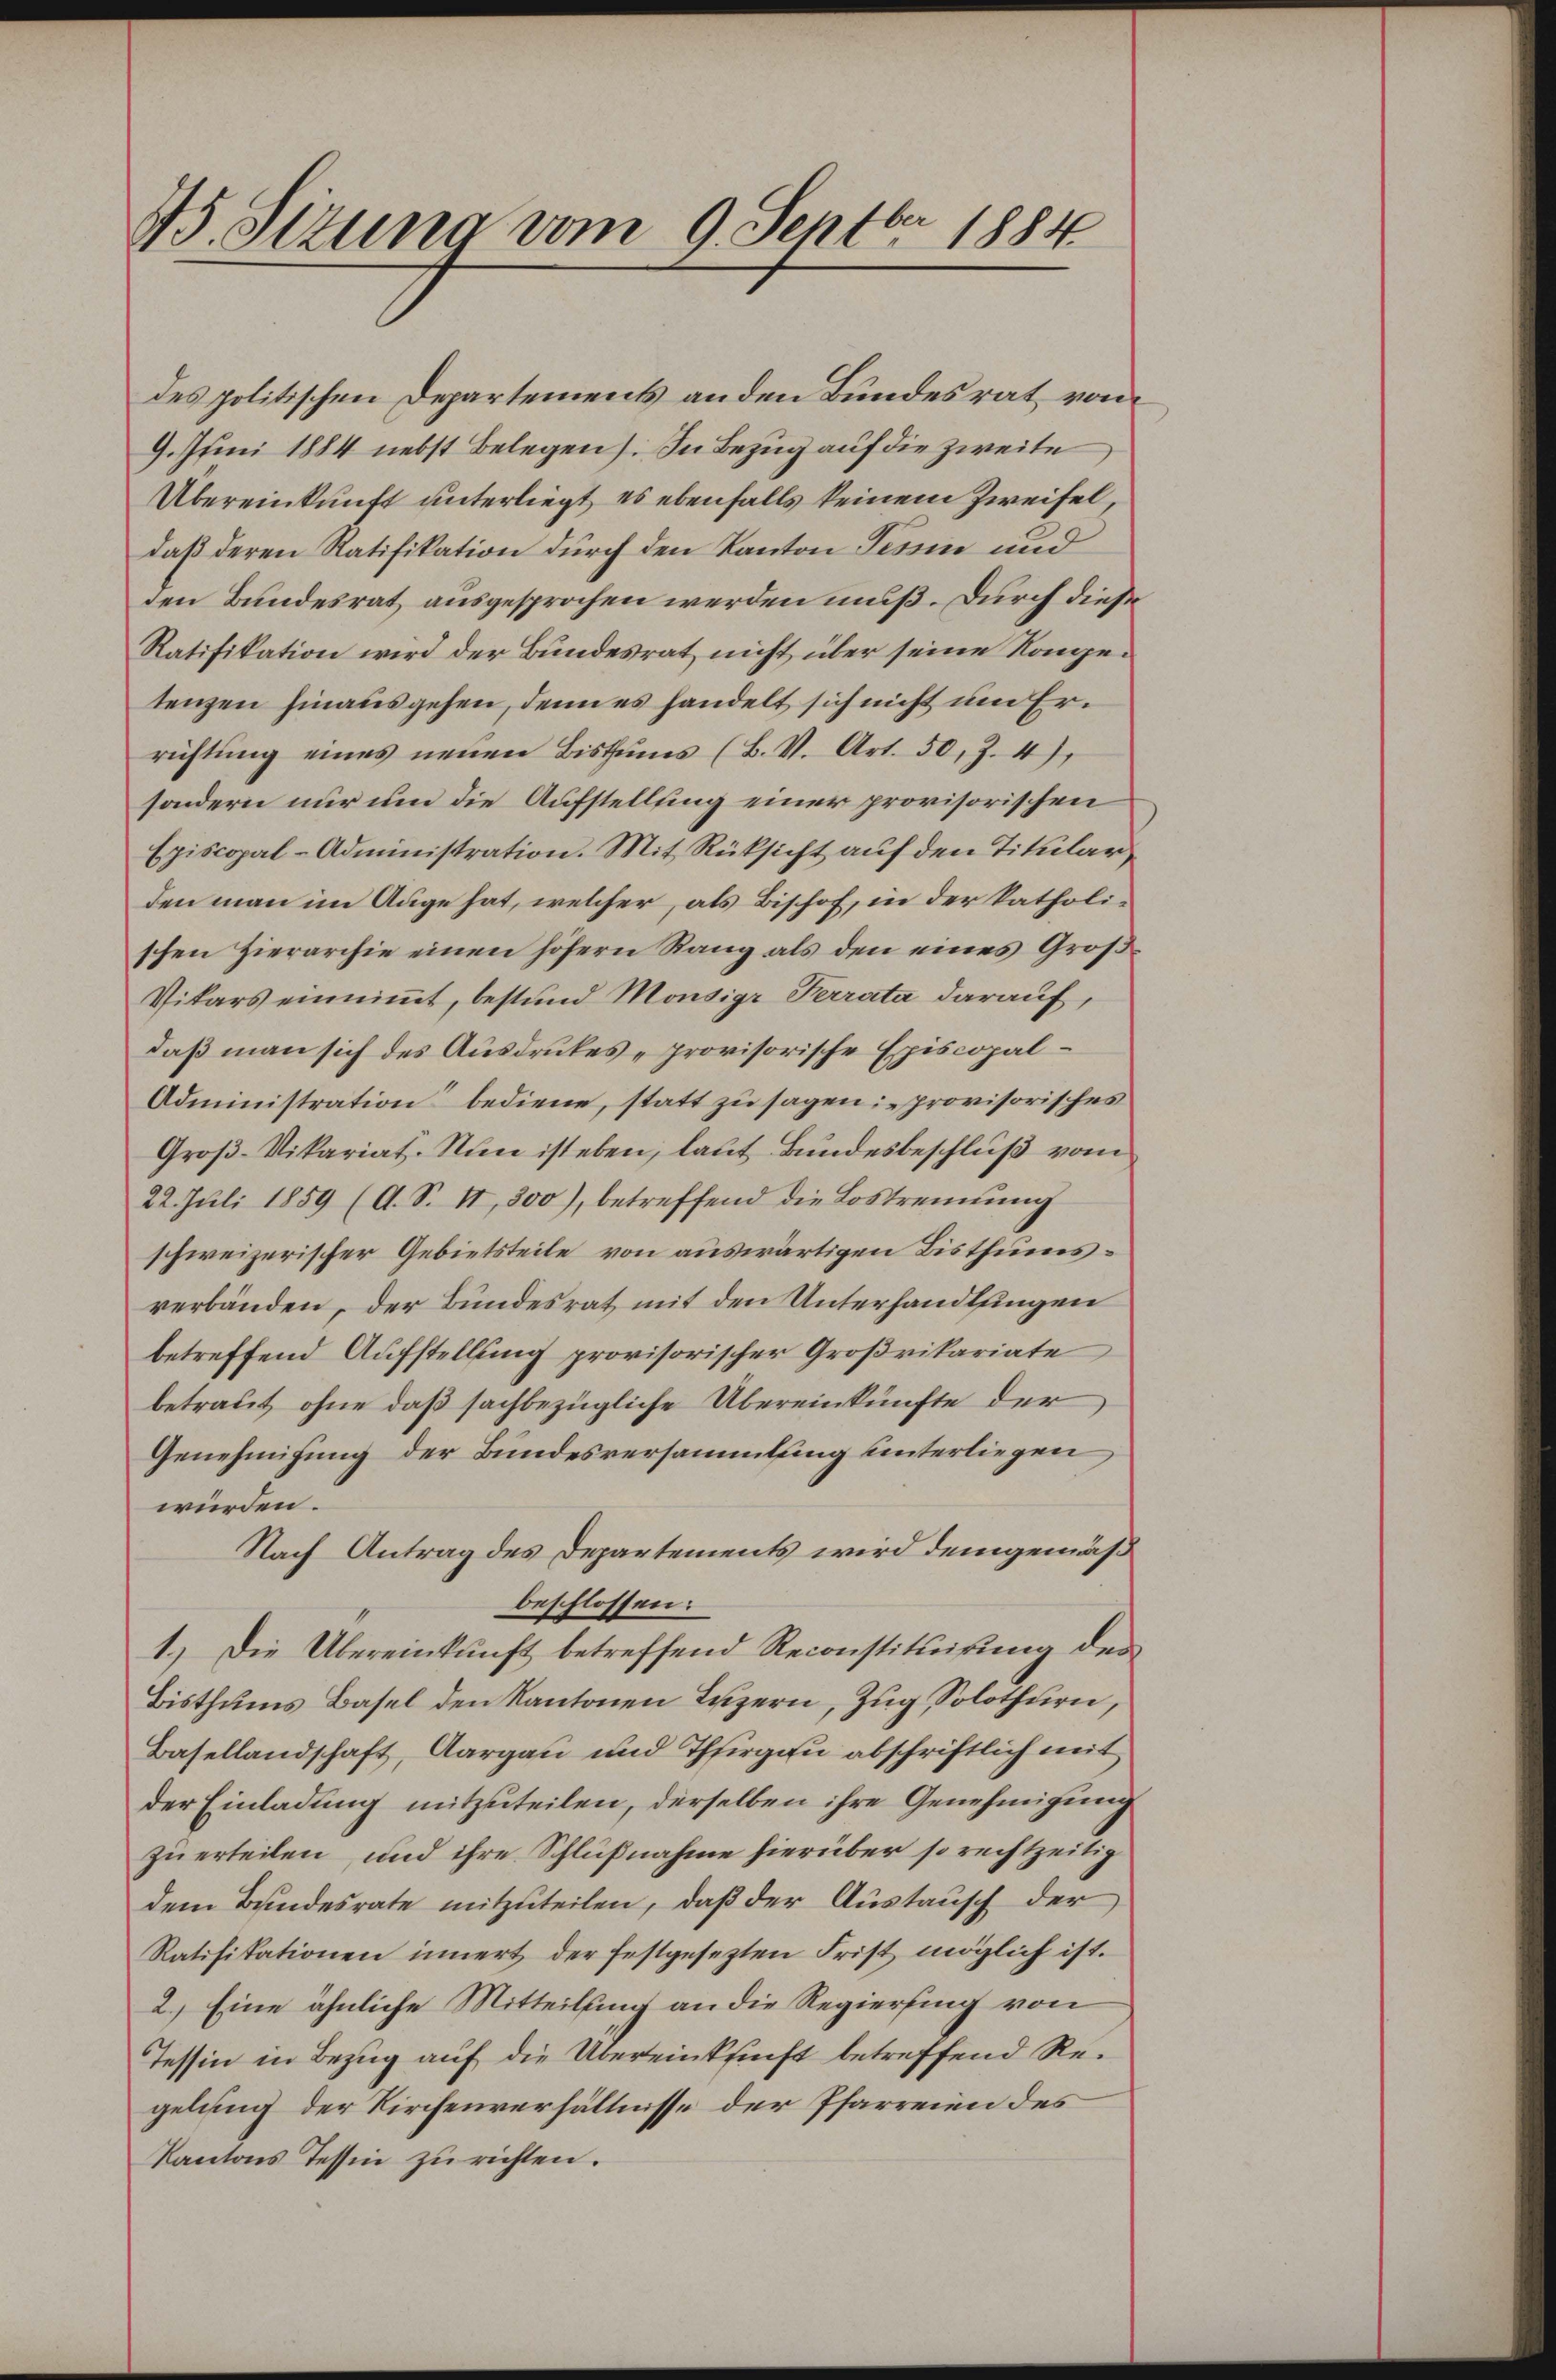
45. Sizung vom 9. Septbr 1884

des politischen Departements an den Bundesrat vom
9. Juni 1884 nebst Belegen. In Bezug auf die zweite
Übereinkunft unterliegt, es ebenfalls keinem Zweifel,
daß deren Ratifikation durch den Kanton Tessin und
den Bundesrat ausgesprochen werden muß. Durch diese
Ratifikation wird der Bundesrat nicht über seine Kongetenzen hinausgehen, denn es handelt sich nicht um Errichtŭng eines neuen Bisthums (B. V. Art. 50, Z. 4)
sondern nur um die Aufstellung einer provisorischen
Episcopal-Administration. Mit Rüksicht auf den Titularden man im Auge hat, welcher, als Bishof, in der katholischen Zierarchie einen höhern Rang als den eines Groß¬
Vikars einnimmt, bestund Monsigr Ferrata darauf,
daß man sich des Ausdruckes „provisorische Episcopal¬
Administration“ bediene, statt zu sagen: „provisorisches
Groβ-Vikariat. Nun ist eben, laut Bundesbeschluß vom
22. Juli 1859 (A. S. II, 300), betreffend die Lostrennung
schweizerischer Gebietsteile von auswärtigen Bisthumsverbänden, der Bundesrat mit den Unterhandlungen
betreffend Aufstellung provisorischer Großrikariate
betraut, ohne daß sachbezügliche Übereinkünfte der
Genehmigung der Bundesversammlung unterliegen
würden.
Nach Antrag des Departements wird demgemäß
beschlossen:
1.) Die Übereinkunft betreffend Reconstituirung des
Bisthums Basel den Kantonen Luzern, Zug, Solothurn,
Basellandschaft, Aargau und Thurgau abschriftlich mit
der Einladung mitzuteilen, derselben ihre Genehmigung
zu erteilen, und ihre Schlußnahme hierüber so rechtzeitig
dem Bundesrate mitzŭteilen, daß der Austausch der
Ratifikationen innert der festgesezten Frist möglich ist.
2.) Eine ähnliche Mitteilung an die Regierung von
Tessin in Bezug auf die Übereinkunft betreffend Regelung der Kirchenverhältnisse der Pfarreien des
Kantons Tessin zŭ richten.